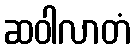
ဆဝါလာတံ